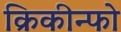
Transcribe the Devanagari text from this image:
क्रिकीन्फो